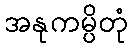
အနုကမ္ပိတုံ